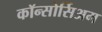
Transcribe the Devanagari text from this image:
कॉन्सोर्सिअम